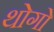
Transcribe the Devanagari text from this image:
थोगो